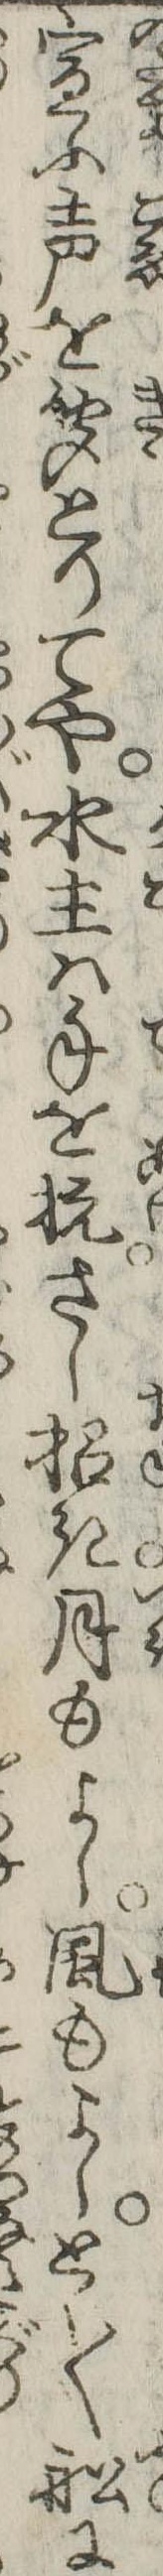
宜ふ声を聞とりてや水主は手を抗さし招き月もよし風もよしとく〱船に